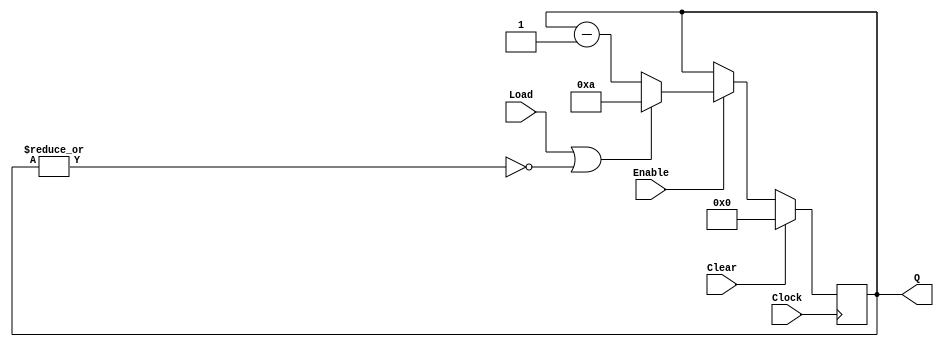
`timescale 1ns / 1ps
//////////////////////////////////////////////////////////////////////////////////
// Module Name: Four_bit_down_counter_with_load_enable_behavior
//////////////////////////////////////////////////////////////////////////////////

module Four_bit_down_counter_with_load_enable_behavior(
    input Clock,
    input Clear,
    input Load,
    input Enable,
    output [3:0] Q
    );

    reg [3:0] count;
    wire cnt_done;
    
    assign cnt_done = ~| count;
    assign Q = count;
       
    always @(posedge Clock)
      if (Clear)
         count <= 0;
      else if (Enable)
         if (Load | cnt_done)
            count <= 4'b1010;   // decimal 10
         else
            count <= count - 1;
    
endmodule